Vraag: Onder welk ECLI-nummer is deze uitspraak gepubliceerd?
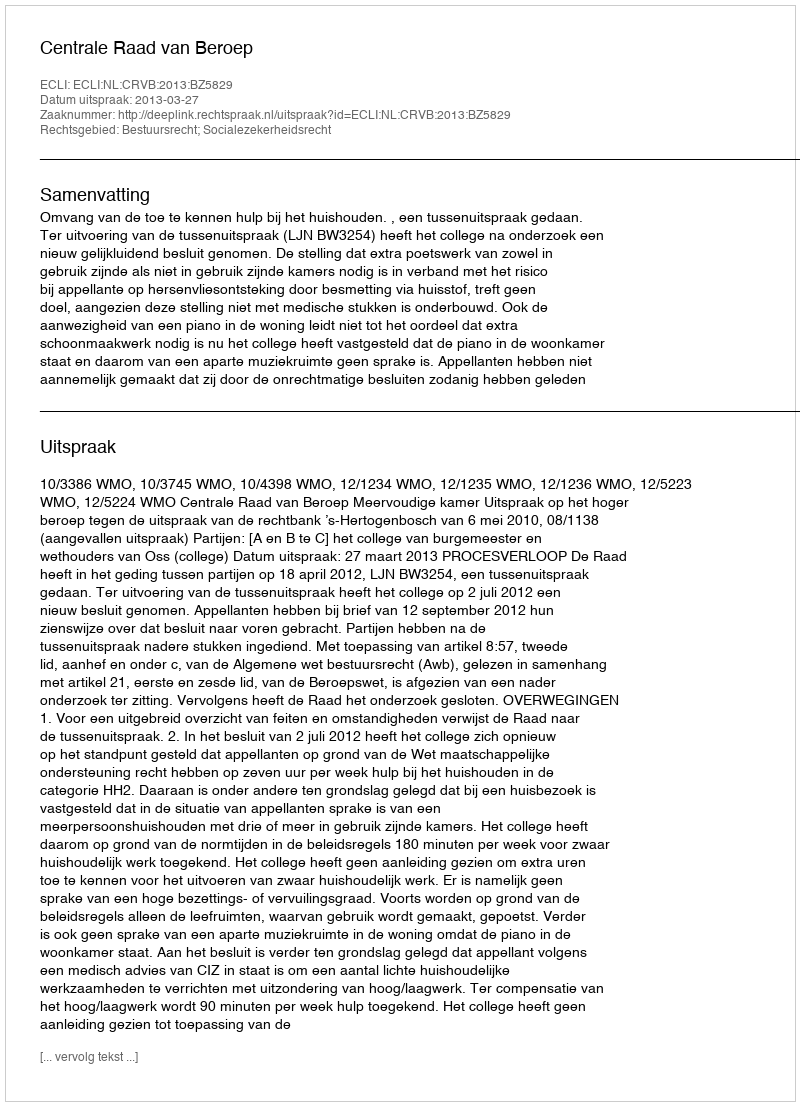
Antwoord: ECLI:NL:CRVB:2013:BZ5829